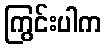
ကြွင်းပါက